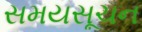
સમયસૂચન